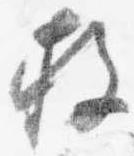
枚